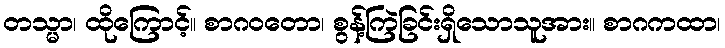
တသ္မာ၊ ထိုကြောင့်။ စာဂဝတော၊ စွန့်ကြဲခြင်းရှိသောသူအား။ စာဂကထာ၊